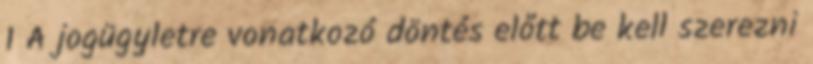
1 A jogügyletre vonatkozó döntés előtt be kell szerezni